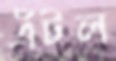
এঁটল